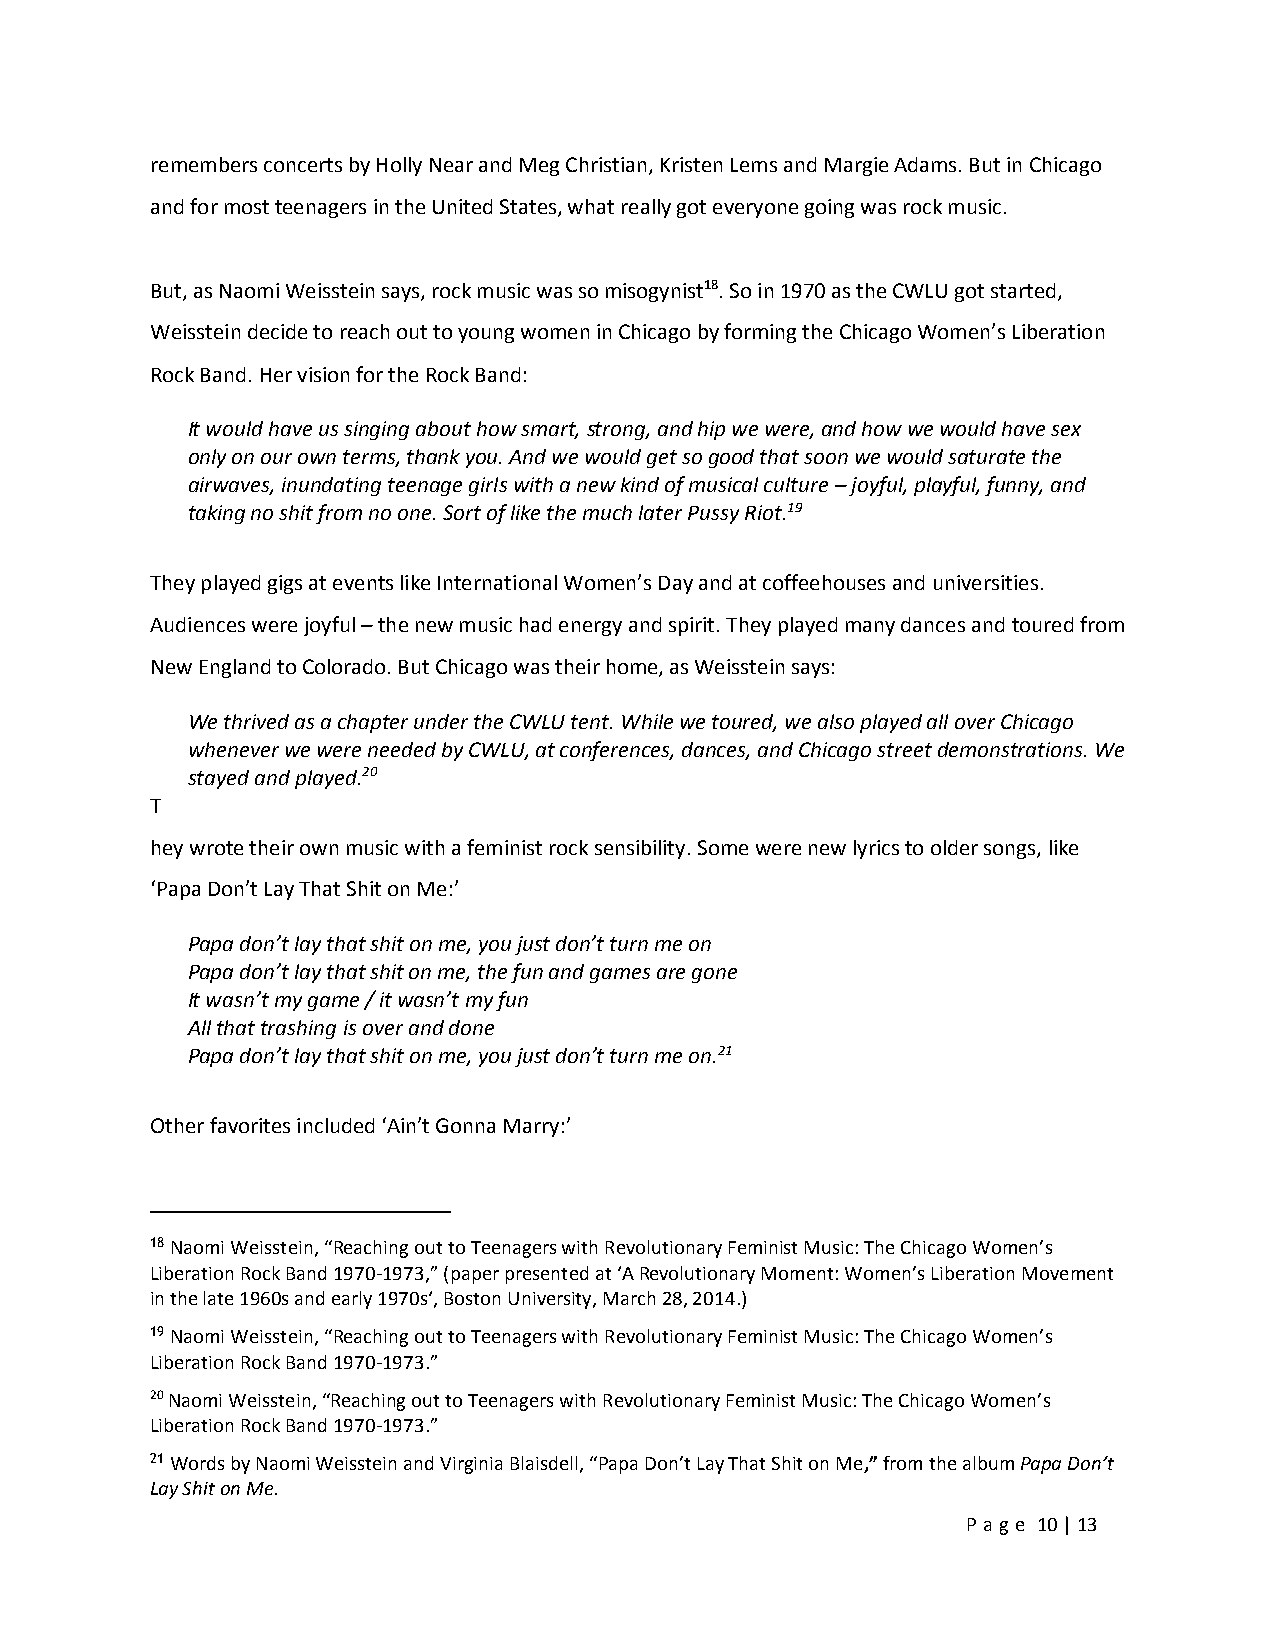
remembers concerts by Holly Near and Meg Christian, Kristen Lems and Margie Adams. But in Chicago
 and for most teenagers in the United States, what really got everyone going was rock music.
 But, as Naomi Weisstein says, rock music was so misogynist18. So in 1970 as the CWLU got started,
 Weisstein decide to reach out to young women in Chicago by forming the Chicago Women’s Liberation
 Rock Band. Her vision for the Rock Band:
 It would have us singing about how smart, strong, and hip we were, and how we would have sex
 only on our own terms, thank you. And we would get so good that soon we would saturate the
 airwaves, inundating teenage girls with a new kind of musical culture – joyful, playful, funny, and
 taking no shit from no one. Sort of like the much later Pussy Riot.19
 They played gigs at events like International Women’s Day and at coffeehouses and universities.
 Audiences were joyful – the new music had energy and spirit. They played many dances and toured from
 New England to Colorado. But Chicago was their home, as Weisstein says:
 We thrived as a chapter under the CWLU tent. While we toured, we also played all over Chicago
 whenever we were needed by CWLU, at conferences, dances, and Chicago street demonstrations. We
 stayed and played.20
 T
 hey wrote their own music with a feminist rock sensibility. Some were new lyrics to older songs, like
 ‘Papa Don’t Lay That Shit on Me:’
 Papa don’t lay that shit on me, you just don’t turn me on
 Papa don’t lay that shit on me, the fun and games are gone
 It wasn’t my game / it wasn’t my fun
 All that trashing is over and done
 Papa don’t lay that shit on me, you just don’t turn me on.21
 Other favorites included ‘Ain’t Gonna Marry:’
 18 Naomi Weisstein, “Reaching out to Teenagers with Revolutionary Feminist Music: The Chicago Women’s
 Liberation Rock Band 1970-1973,” (paper presented at ‘A Revolutionary Moment: Women’s Liberation Movement
 in the late 1960s and early 1970s‘, Boston University, March 28, 2014.)
 19 Naomi Weisstein, “Reaching out to Teenagers with Revolutionary Feminist Music: The Chicago Women’s
 Liberation Rock Band 1970-1973.”
 20 Naomi Weisstein, “Reaching out to Teenagers with Revolutionary Feminist Music: The Chicago Women’s
 Liberation Rock Band 1970-1973.”
 21 Words by Naomi Weisstein and Virginia Blaisdell, “Papa Don’t Lay That Shit on Me,” from the album Papa Don’t
 Lay Shit on Me.
 Pa ge 10 | 13